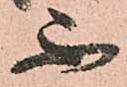
不